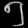
Digit: ၅